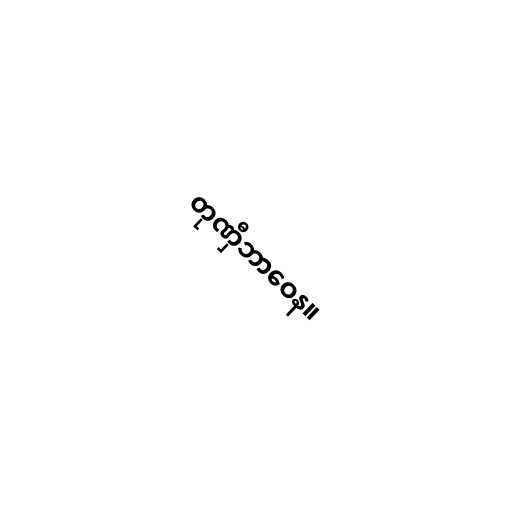
တုဏှီဘာဝေန။